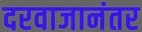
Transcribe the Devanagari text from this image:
दरवाजानंतर